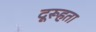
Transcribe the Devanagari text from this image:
दूरूहता